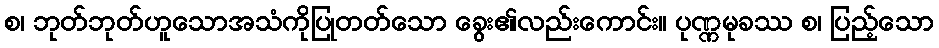
စ၊ ဘုတ်ဘုတ်ဟူသောအသံကိုပြုတတ်သော ခွေး၏လည်းကောင်း။ ပုဏ္ဏမုခဿ စ၊ ပြည့်သော